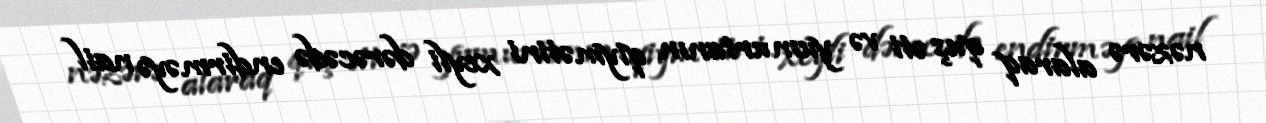
nəzərə alaraq quş əti və yumurtanın qiymətini xeyli dərəcədə endirməyə nail